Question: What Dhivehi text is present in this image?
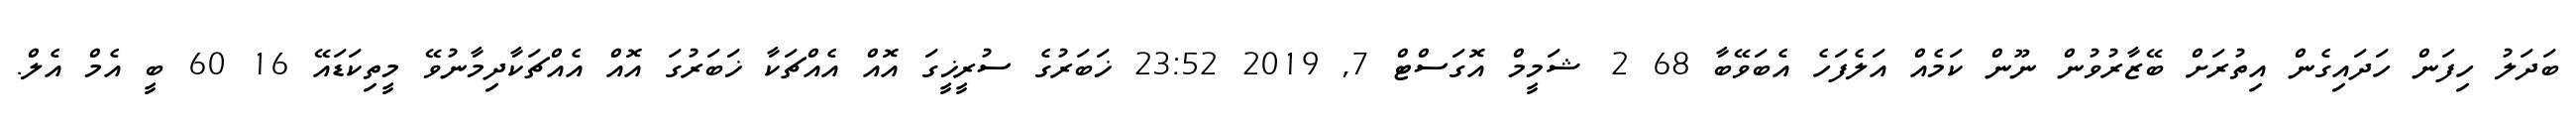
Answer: ބަދަލު ހިފަން ހަދައިގެން އިތުރަށް ބޭޒާރުވުން ނޫން ކަމެއް އަލެފަހެ އެބަވޭބާ 68 2 ޝަމީމް އޮގަސްޓް 7, 2019 23:52 ޚަބަރުގެ ސުރީޚީގަ އޮއް އެއްޗަކާ ޚަބަރުގަ އޮއް އެއްޗަކާދިމާނުވޭ މީތިކަޑައޭ 16 60 ބީ އެމް އެލް.